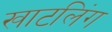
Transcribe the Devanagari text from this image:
खाटलिंग